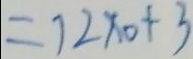
= 7 2 \times 0 + 3